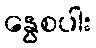
နွေစပါး